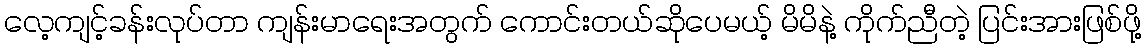
လေ့ကျင့်ခန်းလုပ်တာ ကျန်းမာရေးအတွက် ကောင်းတယ်ဆိုပေမယ့် မိမိနဲ့ ကိုက်ညီတဲ့ ပြင်းအားဖြစ်ဖို့